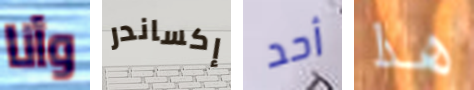
وأنا إكساندر أحد هذا